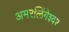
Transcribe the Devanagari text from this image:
अमरलिंगेश्‍वर